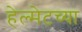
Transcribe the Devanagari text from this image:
हेल्मेटच्या